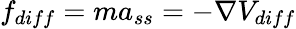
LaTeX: f_{diff}=ma_{ss}=-\nabla V_{diff}